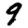
Digit: 9